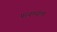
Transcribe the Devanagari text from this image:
परगण्याला